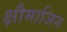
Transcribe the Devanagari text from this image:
क्षौमाजिन